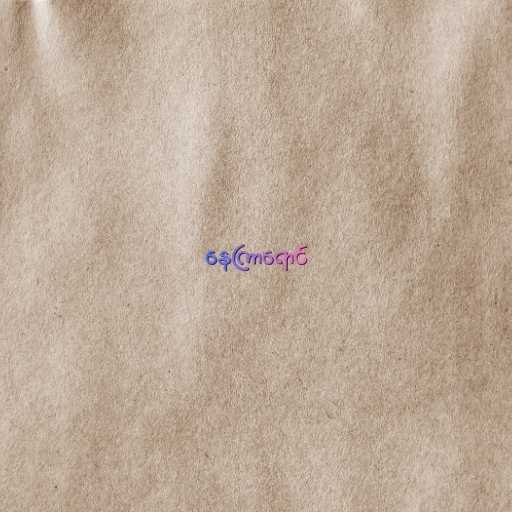
နေကြာရောင်